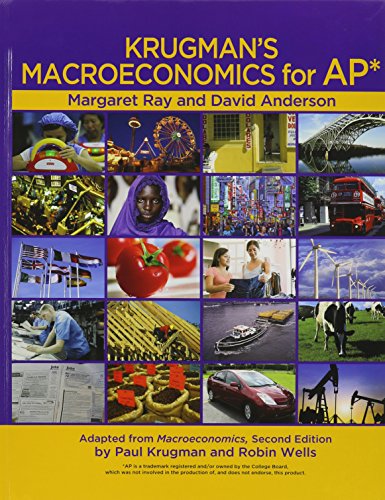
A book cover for Krugman's Macroeconomics for AP*; Margaret Ray; Business & Money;